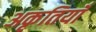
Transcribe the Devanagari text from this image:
अकृतियाँ